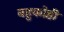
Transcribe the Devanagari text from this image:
बहुकोष्ठी